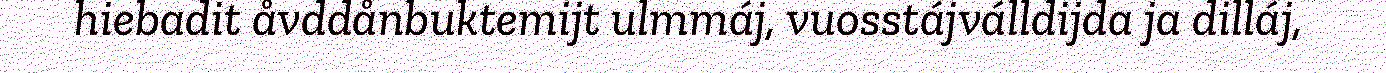
hiebadit åvddånbuktemijt ulmmáj, vuosstájválldijda ja dilláj,